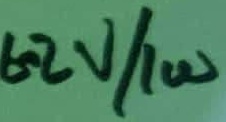
Text: 6.2V/1W